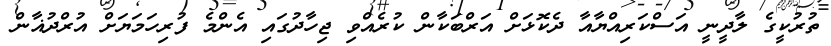
ތުރުކީގެ ލާދީނީ އަސްކަރިއްޔާއާ ދެކޮޅަށް އަރްބަކާން ކުރެއްވި ޖިހާދުގައި އެންމެ ފުރިހަމަޔަށް އުރްދުޣާން